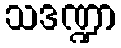
သဒဏ္ဍာ